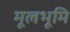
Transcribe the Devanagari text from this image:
मूलभूमि